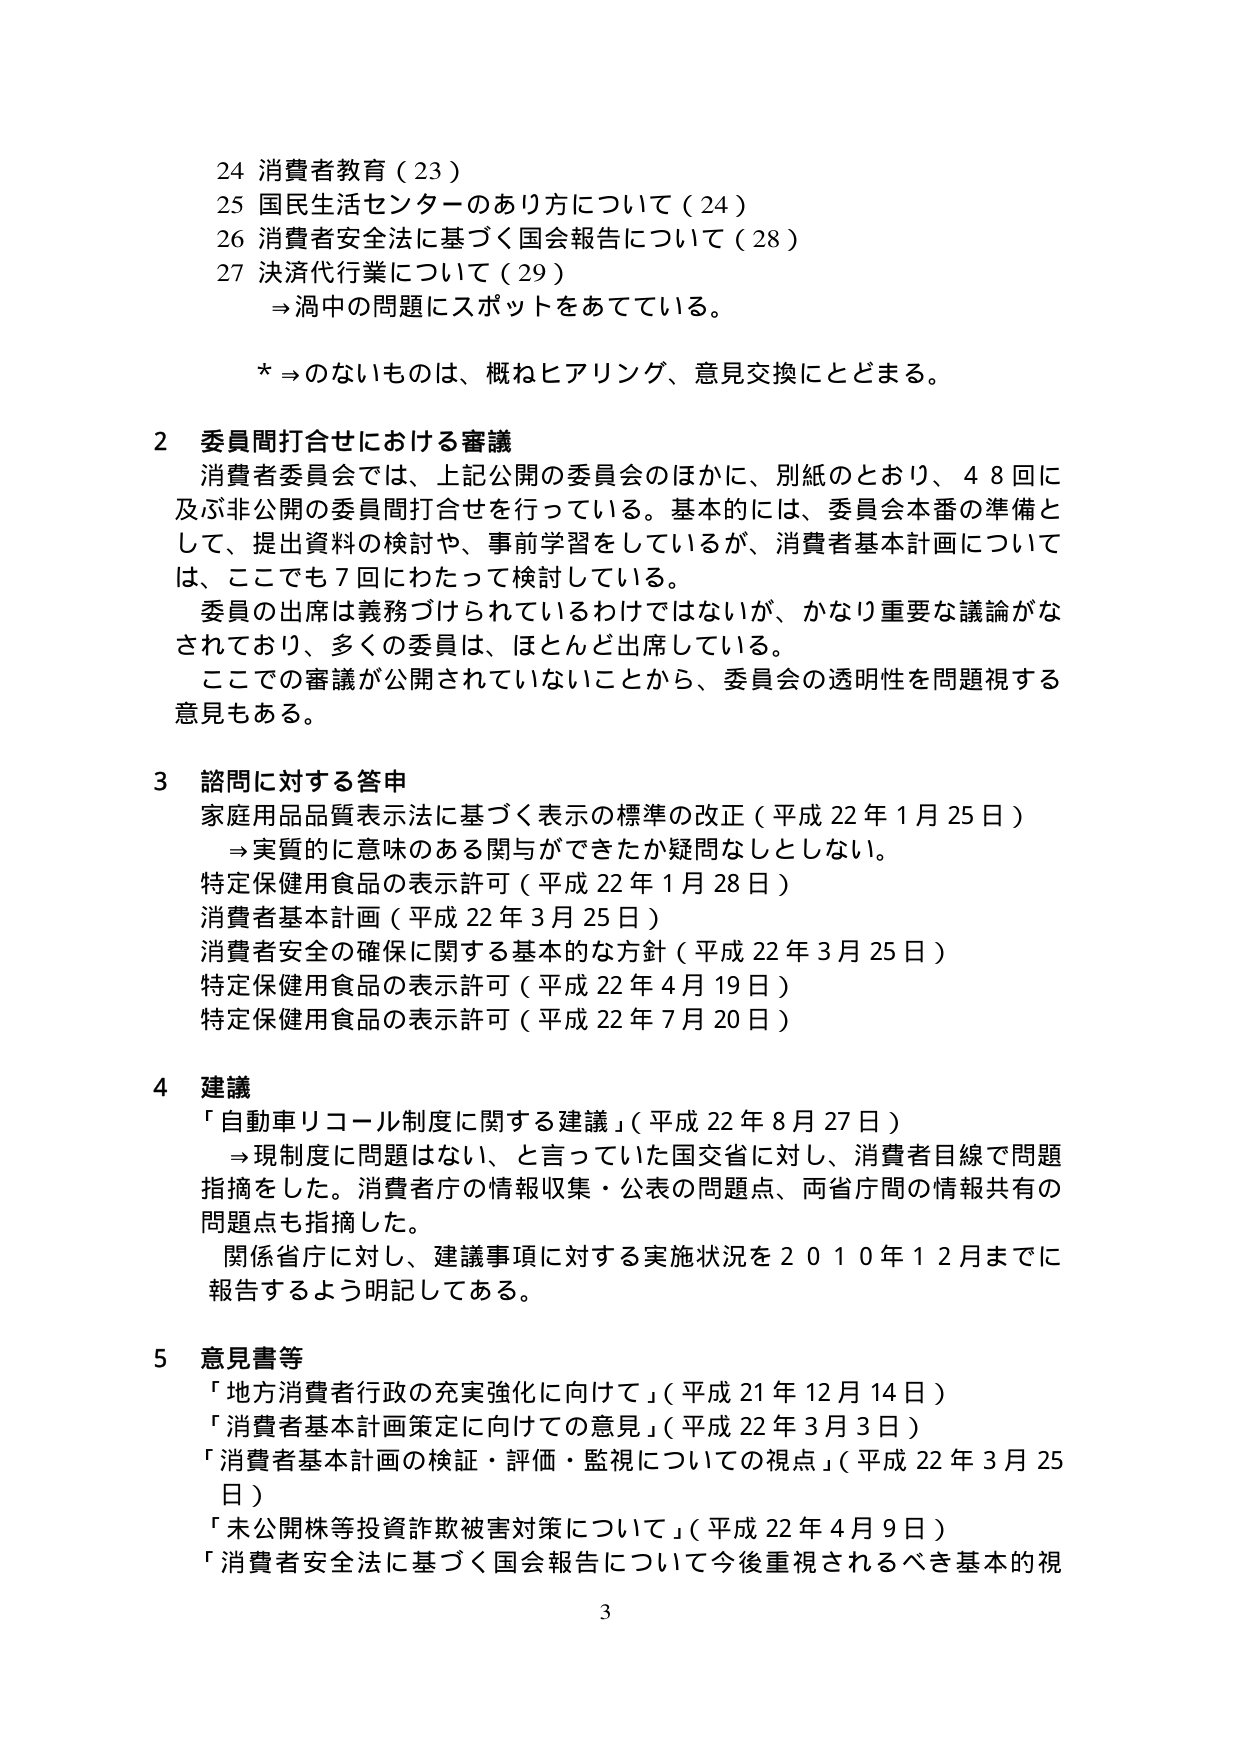
24 消費者教育（23）
25 国民生活センターのあり方について（24）
26 消費者安全法に基づく国会報告について（28）
27 決済代行業について（29）
　⇒渦中の問題にスポットをあてている。

* ⇒のないものは、概ねヒアリング、意見交換にとどまる。

2 委員間打合せにおける審議
　消費者委員会では、上記公開の委員会のほかに、別紙のとおり、48回に
　及ぶ非公開の委員間打合せを行っている。基本的には、委員会本番の準備と
　して、提出資料の検討や、事前学習をしているが、消費者基本計画について
　は、ここでも7回にわたって検討している。
　委員の出席は義務づけられているわけではないが、かなり重要な議論がな
　されており、多くの委員は、ほとんど出席している。
　ここでの審議が公開されていないことから、委員会の透明性を問題視する
　意見もある。

3 諮問に対する答申
　家庭用品品質表示法に基づく表示の標準の改正（平成22年1月25日）
　　→実質的に意味のある関与ができたか疑問なしとしない。
　特定保健用食品の表示許可（平成22年1月28日）
　消費者基本計画（平成22年3月25日）
　消費者安全の確保に関する基本的な方針（平成22年3月25日）
　特定保健用食品の表示許可（平成22年4月19日）
　特定保健用食品の表示許可（平成22年7月20日）

4 建議
　「自動車リコール制度に関する建議」（平成22年8月27日）
　　→現制度に問題はない、と言っていた国交省に対し、消費者目線で問題
　　指摘をした。消費者庁の情報収集・公表の問題点、両省庁間の情報共有の
　　問題点も指摘した。
　　関係省庁に対し、建議事項に対する実施状況を2010年12月までに
　　報告するよう明記してある。

5 意見書等
　「地方消費者行政の充実強化に向けて」（平成21年12月14日）
　「消費者基本計画策定に向けての意見」（平成22年3月3日）
　「消費者基本計画の検証・評価・監視についての視点」（平成22年3月25日）
　「未公開株等投資詐欺被害対策について」（平成22年4月9日）
　「消費者安全法に基づく国会報告について今後重視されるべき基本的視

3